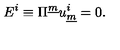
E ^ { i } \equiv \Pi ^ { \underline { { m } } } u _ { \underline { { m } } } ^ { i } = 0 .